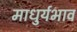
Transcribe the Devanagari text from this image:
माधुर्यभाव